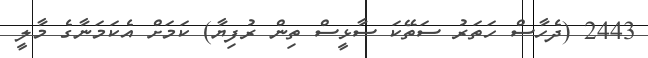
2443 (ދެހާސް ހަތަރު ސަތޭކަ ސާޅީސް ތިން ރުފިޔާ) ކަމަށް އެކަމަނާގެ މާލީ